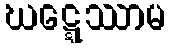
ဃဋ္ဋေဿာမ